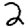
Digit: 2